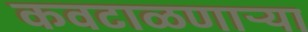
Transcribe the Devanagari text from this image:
कवटाळणाऱ्या